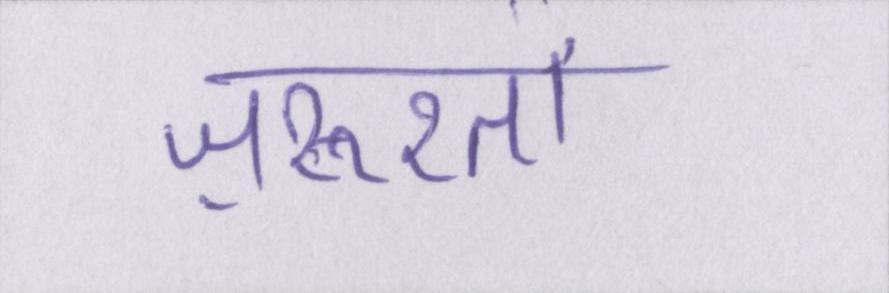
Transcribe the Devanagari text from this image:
ज़रूरतों